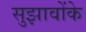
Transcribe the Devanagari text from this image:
सुझावोंके